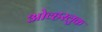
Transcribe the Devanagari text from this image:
ओव्हरलुक